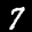
Label: 7